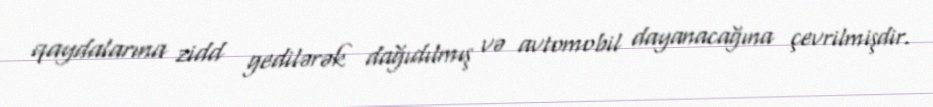
qaydalarına zidd gedilərək dağıdılmış və avtomobil dayanacağına çevrilmişdir.